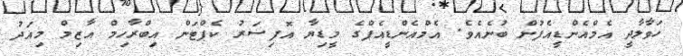
ހަވާލާދީ އެމްއެންޑީއެފުން ބުނެއެވެ. އެމްއެންޑީއެފްގެ މީޑިޔާ އޮފިސަރު ކެޕްޓަން އިބްރާހިމް އާޒިމް މިއަދު